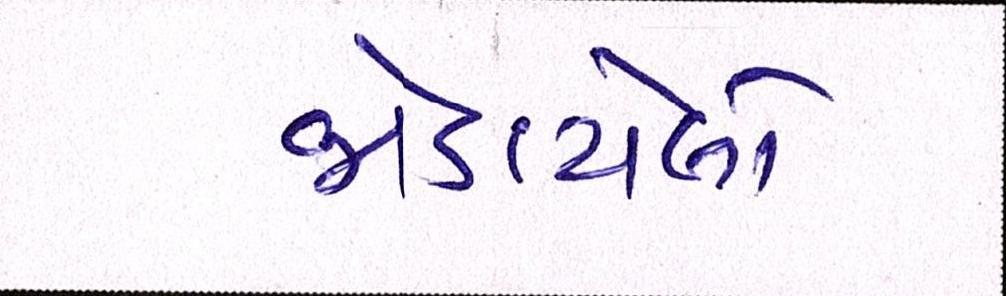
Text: જોડાયેલો